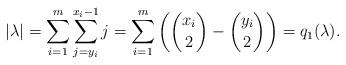
LaTeX: \begin{align*}|\lambda|=\sum_{i=1}^m\sum_{j=y_i}^{x_i-1}j=\sum_{i=1}^{m}\left(\binom{x_i}{2}-\binom{y_i}{2}\right)=q_1(\lambda). \end{align*}